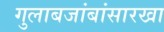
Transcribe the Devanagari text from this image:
गुलाबजांबांसारखा